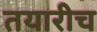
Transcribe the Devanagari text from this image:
तयारीच